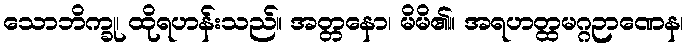
သောဘိက္ခု၊ ထိုရဟန်းသည်။ အတ္တနော၊ မိမိ၏။ အရဟတ္ထမဂ္ဂဉာဏေန၊